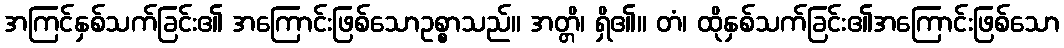
အကြင်နှစ်သက်ခြင်း၏ အကြောင်းဖြစ်သောဥစ္စာသည်။ အတ္တိ၊ ရှိ၏။ တံ၊ ထိုနှစ်သက်ခြင်း၏အကြောင်းဖြစ်သော